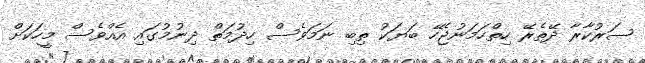
ސަރުކާރާ ދޭތެރޭ ހިތްހަމަނުޖެހޭ ބަޔަކު ތިބި ނަމަވެސް ހިދުމަތް ދިނުމުގައި އެއްވެސް މީހަކަށް